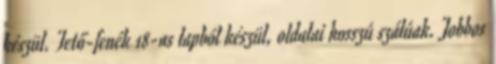
készül. Tető-fenék 18-as lapból készül, oldalai hosszú szálúak. Jobbos